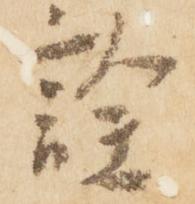
詮